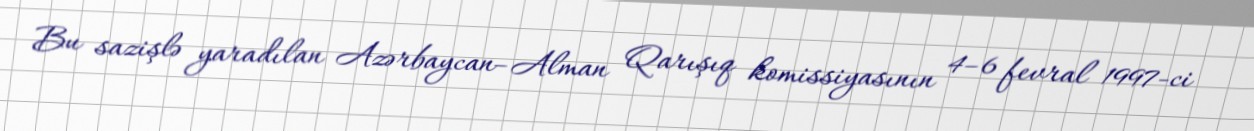
Bu sazişlə yaradılan Azərbaycan–Alman Qarışıq komissiyasının 4–6 fevral 1997-ci